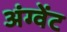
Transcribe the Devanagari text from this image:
अंग्वेंट